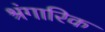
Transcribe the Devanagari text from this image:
श्रंगारिक